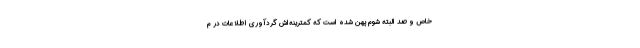
خاص و صد البته شوم پهن شده است که کمترینه‌اش گردآوری اطلاعات در م